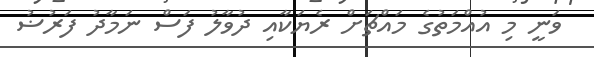
ވަނީ މި އުއްމަތުގެ މައްޗަށް ރެޔަކާއި ދުވާލު ފަސް ނަމާދު ފަރުޟު